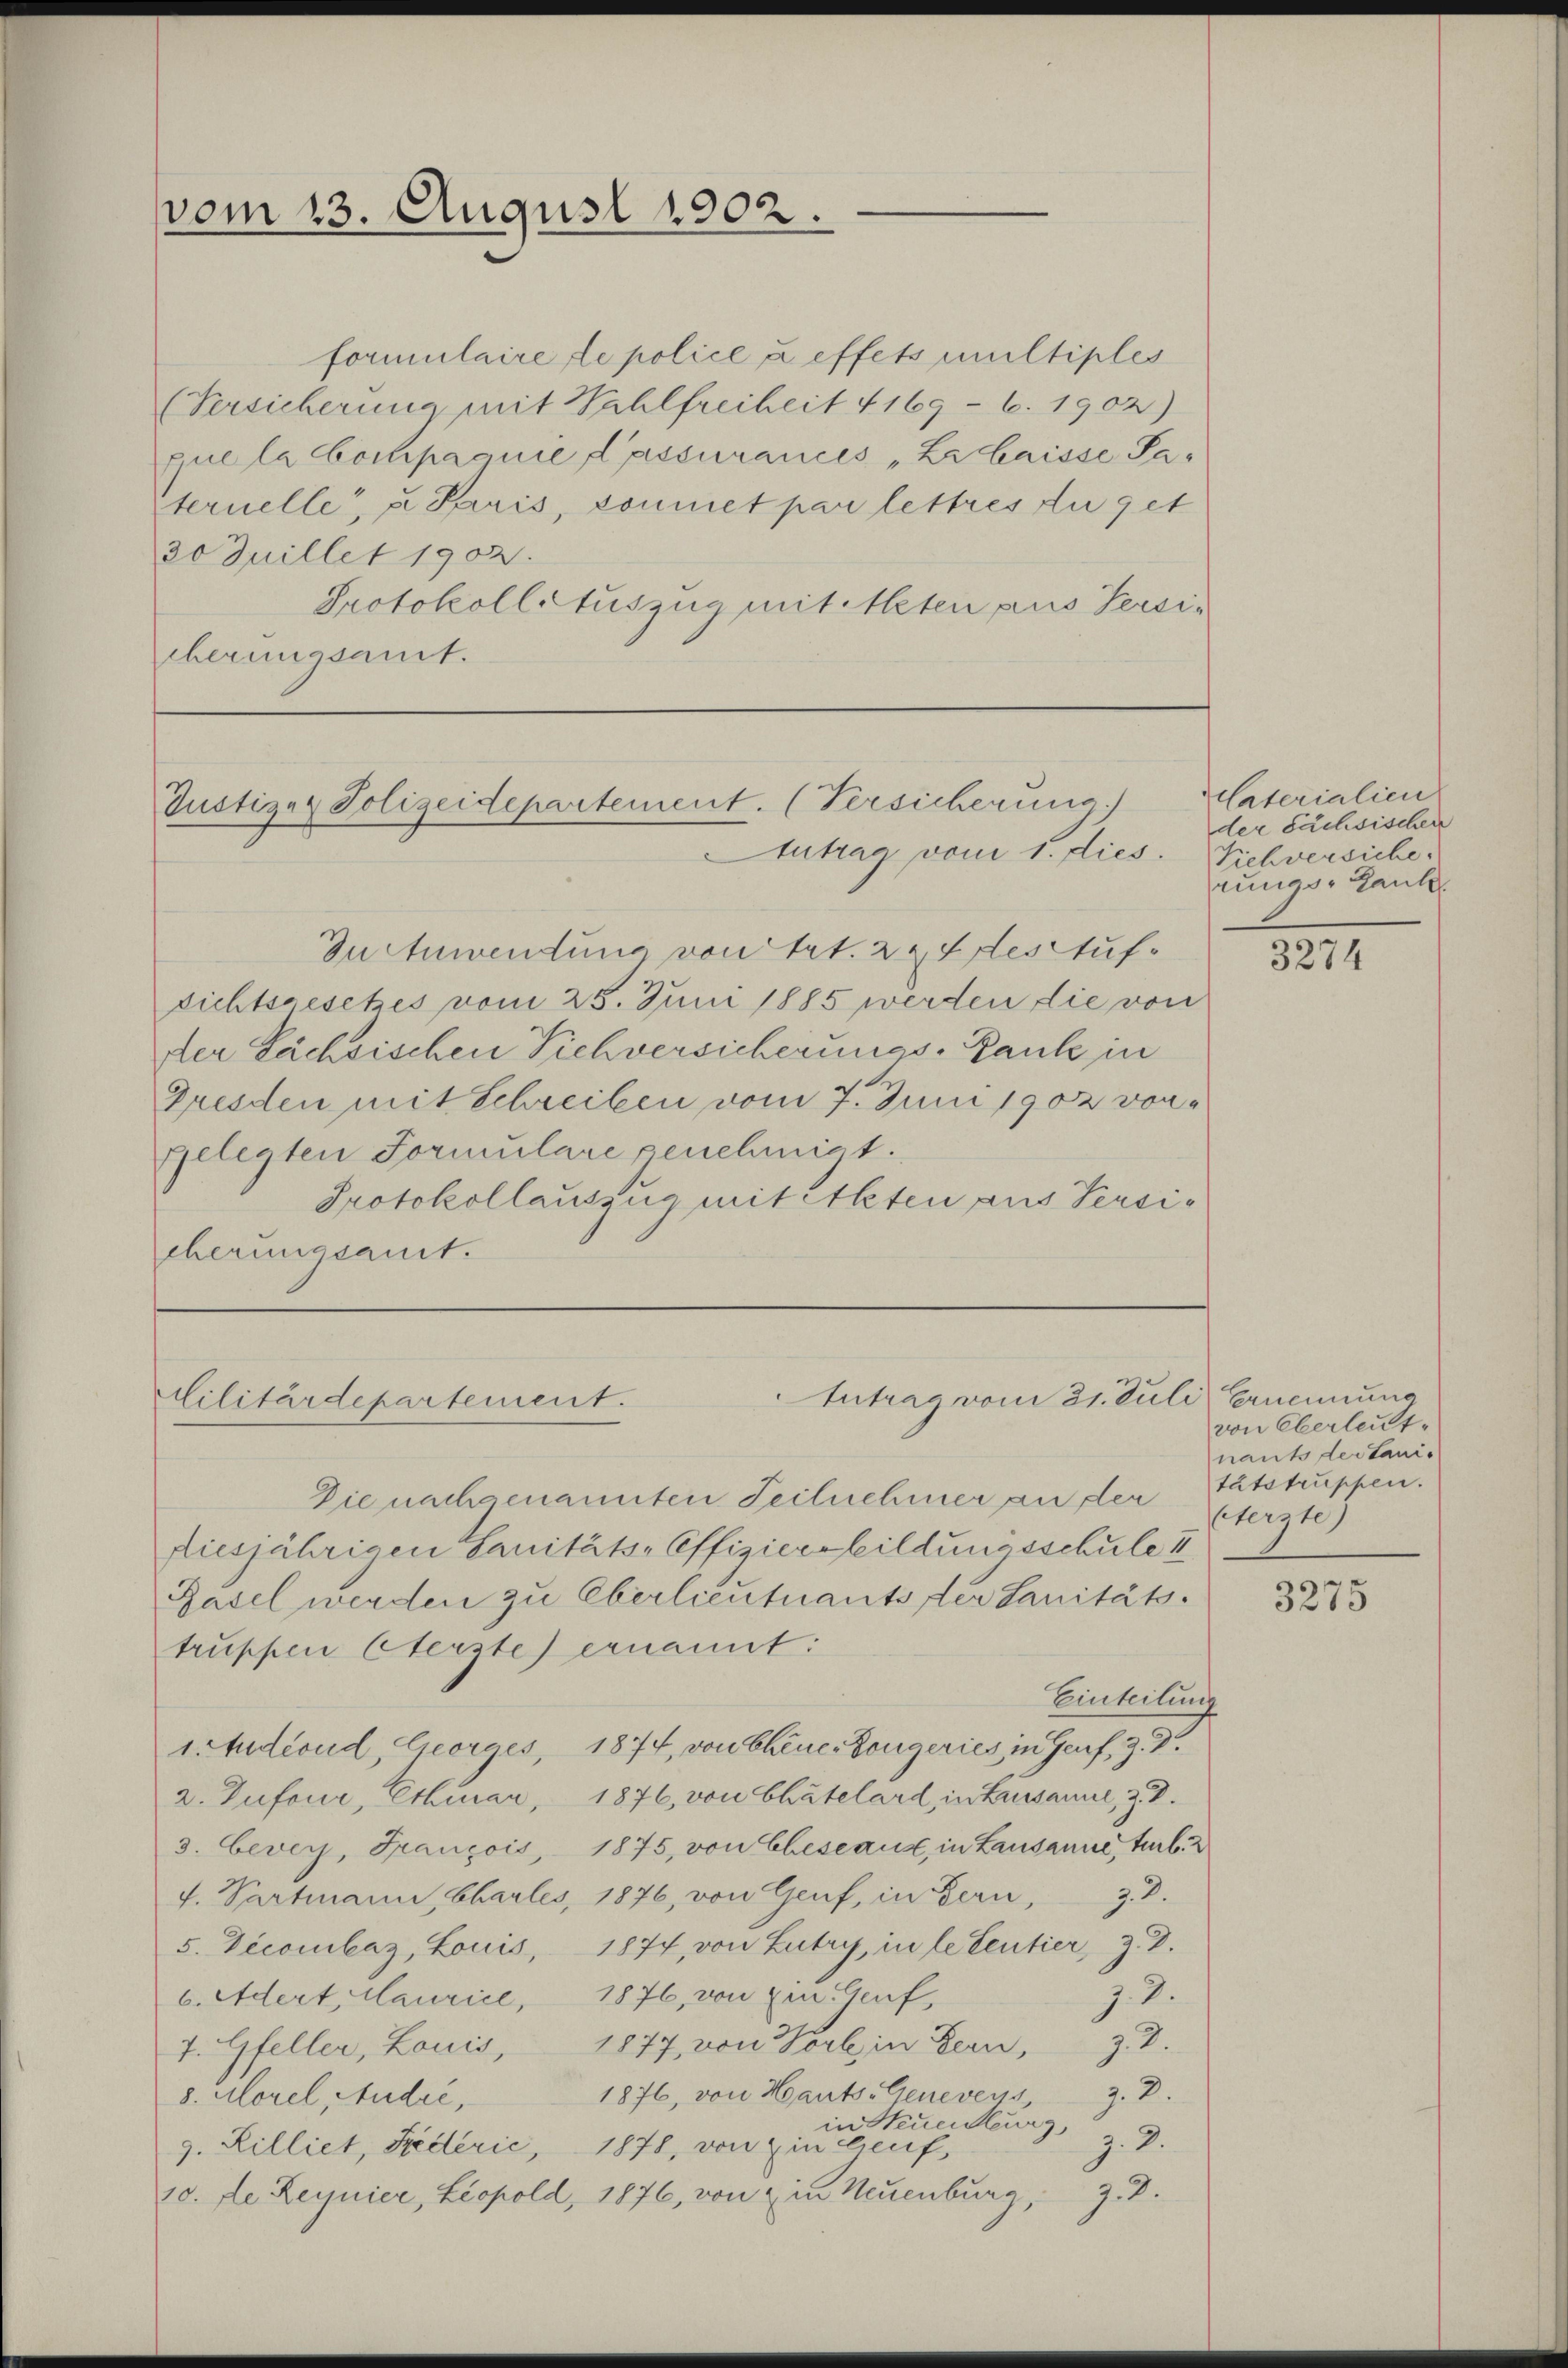
vom 13. August 1902.

In Anwendung von Art. 22 des Aufsichtsgesetzes vom 25. Juni 1885 werden die von
der Sächsischen Viehversicherungs-Ranke in
Gresden mit Schreiben vom 7. Juni 1902 vongelegten Formulare genehmigt.
Protokollauszug mit Akten aus Versicherungsant.

formulaire le police u effets multiples
(Versicherung mit Wahlfreiheit 4169 - 6. 1902)
que la Compagnie d’assurances „Er laisse Par
ternelle, u. Paris, sommet par lettres zu get
30 Juillet 1902.
Protokoll Auszug mit Meter aus Tessis
berungsamt.

Justizer Polizeidepartement. (Versicherung
tutrag vom 1. dies

Antrag vom 21. Juli Eernennung
Militärdepartement.

Laterialien
der Sächsischen
Viehversiche
rungs-Rank

Die nachgenannten Teilnehmer an der
Riesjährigen Sanitäts-Offizierebildungsschule II
Rasel werden zu Oberlieutnants der Sanitätstruppen Sterste ernannt:
Einteilung
1. Juliond Georges, 1874, von Chene Longeries in Genf, Z. D.
2. Zufour, Ethmar, 1876, von Chatelard, in Lussanne, z. B.
3. Cevey, François, 1875, von Eheseaux, in Lausanne, sub. 2
4. Partmann, Chartes, 1876, von Genf, in Bern, z. B.
5. Decombar, Louis, 1874, von Lutry, in le tentier, z. B.
7.2.
6. Adert, Maurice, 1876, von den Genf,
7.2.
7. Gfeller, Louis, 1877, von Vorb, in Bern,
J. 2.
1876, von Hants-Geneveus,
8. Morel, Andre,
in Steuer leurg" 9.
g. Rilliet, Federić, 1878, von in Genf,
13.
10. de Leynier, Leopold, 1876, von in Neuenburg

3274

von Oberleut-
nants der tanis
tätstruppen.
Aerzte)

3275